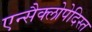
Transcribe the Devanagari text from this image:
एन्सैक्लोपेदिस्त